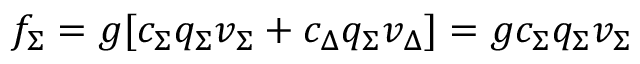
f _ { \Sigma } = g [ c _ { \Sigma } q _ { \Sigma } v _ { \Sigma } + c _ { \Delta } q _ { \Sigma } v _ { \Delta } ] = g c _ { \Sigma } q _ { \Sigma } v _ { \Sigma }